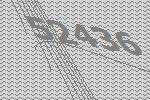
52436